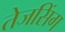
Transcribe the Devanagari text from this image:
तेजसिंग